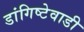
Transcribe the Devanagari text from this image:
डांगिष्टेवाडी